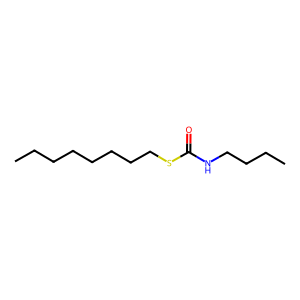
SMILES: CCCCCCCCSC(=O)NCCCC
Inhibits HIV replication: No